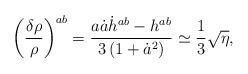
LaTeX: \begin{align*}\left(\frac{\delta\rho}{\rho}\right)^{ab}=\frac{a\dot{a}\dot{h}^{ab}-h^{ab}}{3\left(1+\dot{a}^2\right)}\simeq\frac{1}{3}\sqrt{\eta} ,\end{align*}